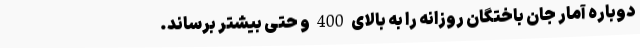
دوباره آمار جان باختگان روزانه را به بالای 400 و حتی بیشتر برساند.